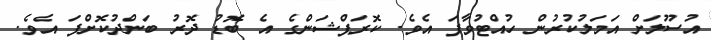
އުސޫލަށް އަމަލުކުރުން ހުއްޓުވާފަ އެވެ. ކޮރަޕްޝަންގެ އެ ބޮޑު ދޮރު ބަންދުކޮށްފަ އެވެ.